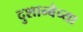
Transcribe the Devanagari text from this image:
दुशान्बेच्या